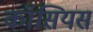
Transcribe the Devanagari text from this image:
कॉसियस